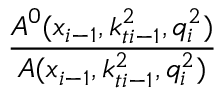
\frac { { \cal A } ^ { 0 } ( x _ { i - 1 } , k _ { t i - 1 } ^ { 2 } , q _ { i } ^ { 2 } ) } { { \cal A } ( x _ { i - 1 } , k _ { t i - 1 } ^ { 2 } , q _ { i } ^ { 2 } ) }